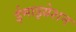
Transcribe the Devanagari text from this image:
ईमाइग्रेशन